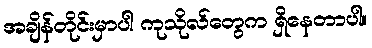
အချိန်တိုင်းမှာပါ ကုသိုလ်တွေက ရှိနေတာပါ။